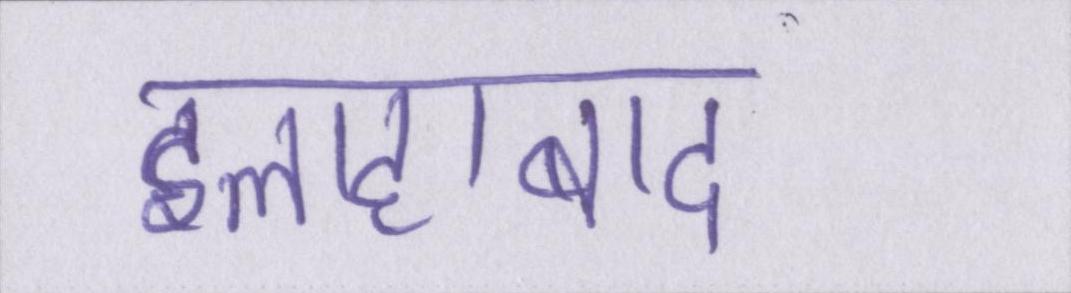
इलाहाबाद